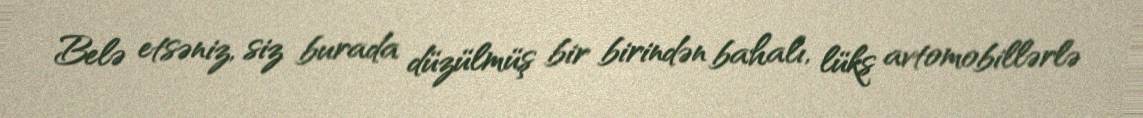
Belə etsəniz, siz burada düzülmüş bir birindən bahalı, lüks avtomobillərlə